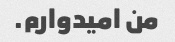
من امیدوارم.